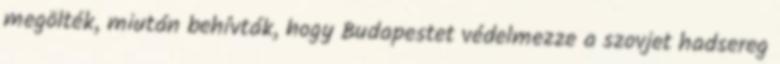
megölték, miután behívták, hogy Budapestet védelmezze a szovjet hadsereg